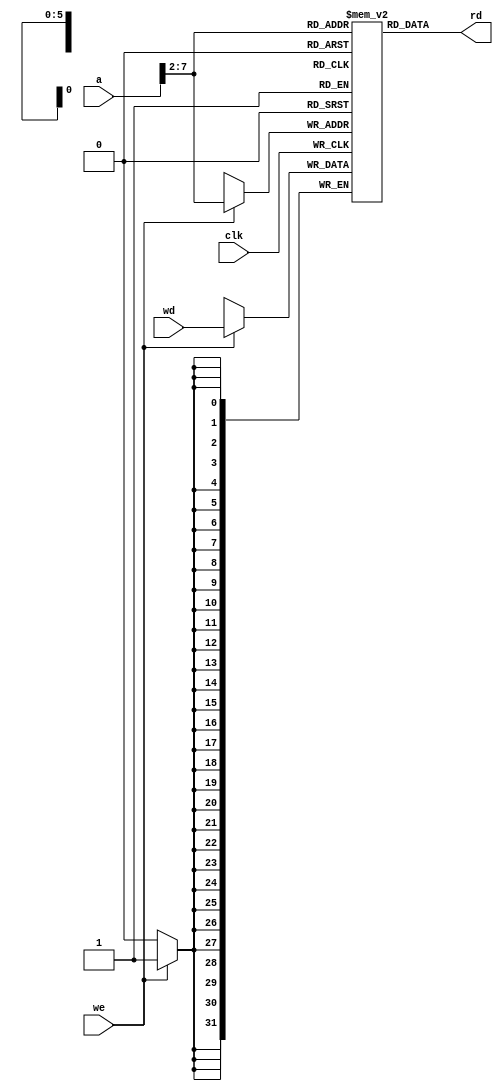


module sm_ram
#(
    parameter SIZE = 64
)
(
    input         clk,
    input  [31:0] a,
    input         we,
    input  [31:0] wd,
    output [31:0] rd
);
    reg [31:0] ram [SIZE - 1:0];
    assign rd = ram [a[31:2]];

    always @(posedge clk)
        if (we)
            ram[a[31:2]] <= wd;

endmodule